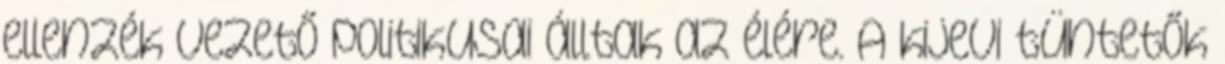
ellenzék vezető politikusai álltak az élére. A kijevi tüntetők